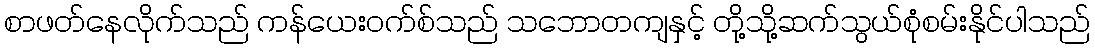
စာဖတ်နေလိုက်သည် ကန်ယေးဝက်စ်သည် သဘောတကျနှင့် တို့သို့ဆက်သွယ်စုံစမ်းနိုင်ပါသည်